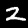
Digit: 2